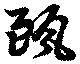
甌